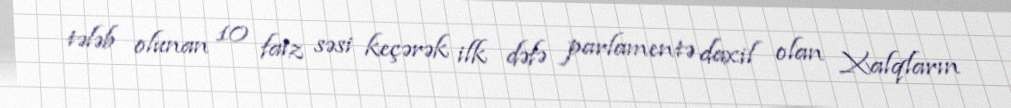
tələb olunan 10 faiz səsi keçərək ilk dəfə parlamentə daxil olan Xalqların